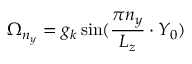
{ \Omega } _ { n _ { y } } = g _ { \boldsymbol k } \sin ( \frac { \pi n _ { y } } { L _ { z } } \cdot Y _ { 0 } )